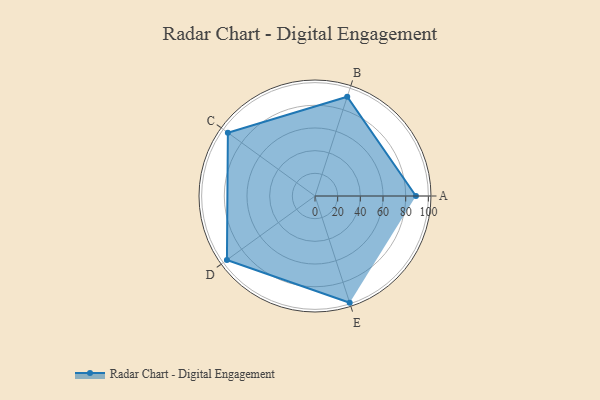
{"axis": {"x": "Skill", "y": "Score"}, "legend": ["Profile"], "data": [{"x": "A", "y": 89.0, "type": "Profile"}, {"x": "B", "y": 92.0, "type": "Profile"}, {"x": "C", "y": 95.0, "type": "Profile"}, {"x": "D", "y": 96.0, "type": "Profile"}, {"x": "E", "y": 99, "type": "Profile"}]}